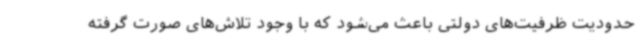
حدودیت ظرفیت‌های دولتی باعث می‌شود که با وجود تلاش‌های صورت گرفته